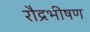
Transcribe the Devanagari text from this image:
रौद्रभीषण